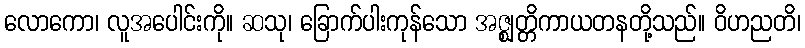
လောကော၊ လူအပေါင်းကို။ ဆသု၊ ခြောက်ပါးကုန်သော အဇ္ဈတ္တိကာယတနတို့သည်။ ဝိဟညတိ၊